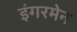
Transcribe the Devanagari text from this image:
इंगरमेन